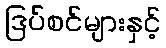
ဒြပ်စင်များနှင့်